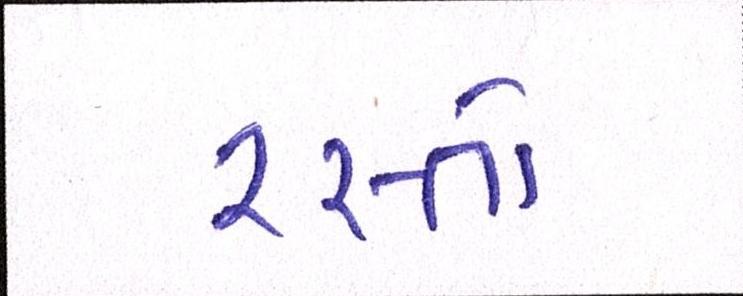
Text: રસ્તો